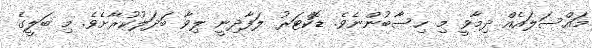
މައްސަލައެއް ދިމާވީ މި ހިސާބުންނެވެ. ޑޮކްޓަރު ލަފާދިނީ ލިވާ ބަދަލުކުރާށެވެ. މި ބަލީގެ